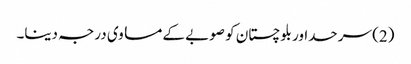
(2) سرحداور بلوچستان کو صوبے کے مساوی درجہ دینا۔